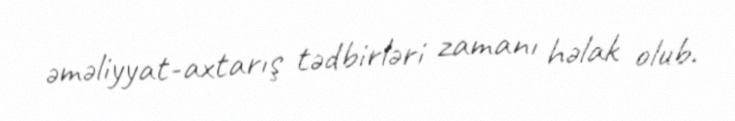
əməliyyat-axtarış tədbirləri zamanı həlak olub.